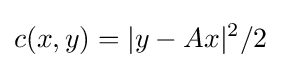
c(x,y)=|y-Ax|^{2}/2